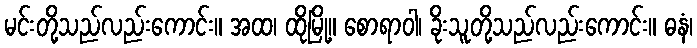
မင်းတို့သည်လည်းကောင်း။ အထ၊ ထိုမြို့။ စောရာဝါ၊ ခိုးသူတို့သည်လည်းကောင်း။ ဓနံ၊